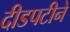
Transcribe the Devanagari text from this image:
दीडपटीने